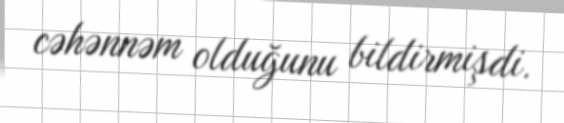
cəhənnəm olduğunu bildirmişdi.